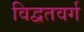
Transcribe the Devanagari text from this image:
विद्वतवर्ग